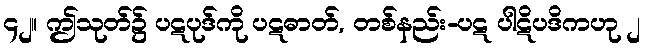
၄၂။ ဤသုတ်၌ ပဋပုဒ်ကို ပဋဓာတ်, တစ်နည်း-ပဋ ပါဋိပဒိကဟု ၂